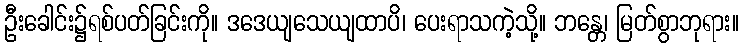
ဦးခေါင်း၌ရစ်ပတ်ခြင်းကို။ ဒဒေယျသေယျထာပိ၊ ပေးရာသကဲ့သို့။ ဘန္တေ၊ မြတ်စွာဘုရား။